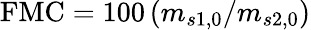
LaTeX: \mathrm{FMC}=100\, (m_{s1,0}/m_{s2,0})